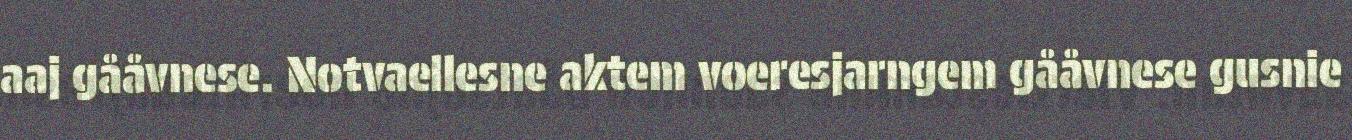
aaj gååvnese. Notvaellesne aktem voeresjarngem gååvnese gusnie